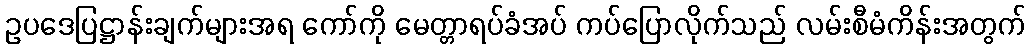
ဥပဒေပြဋ္ဌာန်းချက်များအရ ကော်ကို မေတ္တာရပ်ခံအပ် ကပ်ပြောလိုက်သည် လမ်းစီမံကိန်းအတွက်